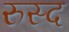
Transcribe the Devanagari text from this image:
रुस्द